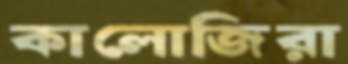
কালোজিরা